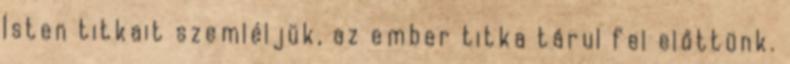
Isten titkait szemléljük, az ember titka tárul fel előttünk.